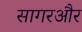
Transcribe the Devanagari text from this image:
सागरऔर